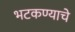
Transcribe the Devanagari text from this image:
भटकण्याचे